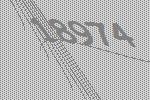
18974